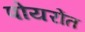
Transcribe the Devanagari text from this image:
पोयरोंत